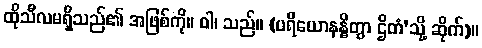
ထိုသီလမရှိသည်၏ အဖြစ်ကို။ ဝါ၊ သည်။ (ပရိယောနန္ဓိတွာ ဌိတံ’သို့ ဆိုက်)။